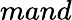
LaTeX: mand